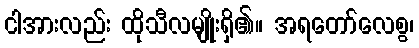
ငါအားလည်း ထိုသီလမျိုးရှိ၏။ အရတော်လေစွ၊